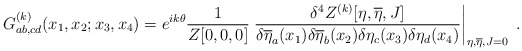
\begin{align*}G^{(k)}_{ab,cd}(x_1,x_2;x_3,x_4)=e^{ik\theta} \frac{1}{Z[0,0,0]} \left. \frac{\delta^4Z^{(k)}[\eta,\overline{\eta},J]} {\delta\overline{\eta}_a(x_1)\delta\overline{\eta}_b(x_2) \delta\eta_c(x_3) \delta\eta_d(x_4)}\right|_{\eta,\overline{\eta},J=0}\; .\end{align*}